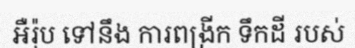
អឺរ៉ុប ទៅនឹង ការពង្រីក ទឹកដី របស់